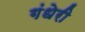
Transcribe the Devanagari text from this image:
गंधेरी